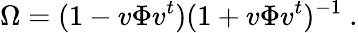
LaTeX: \Omega=(1-v\Phi v^{t})(1+v\Phi v^{t})^{-1}\ .